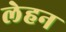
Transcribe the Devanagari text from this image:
लेहन